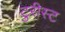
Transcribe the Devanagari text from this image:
टुरीस्ट